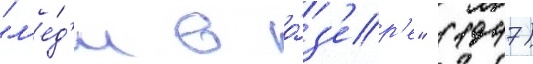
"л'е́д'и в о́з'ер'е" (1947)